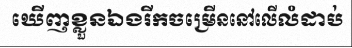
ឃើញខ្លួនឯងរីកចម្រើននៅលើលំដាប់